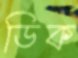
ডিক